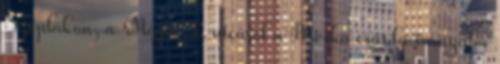
Széplakon, a Május 1. utcáról a Piroska csárda irányába